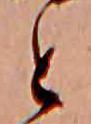
と